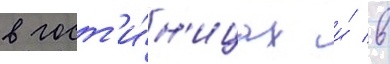
в гост'и́н'ицах и́ в